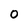
Character: 0